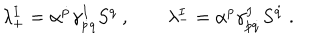
\lambda _ { + } ^ { I } = \alpha ^ { \dot { p } } \gamma _ { \dot { p } q } ^ { I } S ^ { q } \ , \qquad \lambda _ { - } ^ { I } = \alpha ^ { p } \gamma _ { p \dot { q } } ^ { I } S ^ { \dot { q } } \ .